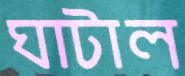
ঘাটাল